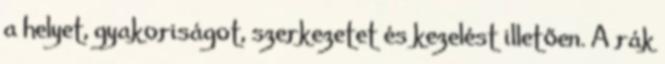
a helyet, gyakoriságot, szerkezetet és kezelést illetően. A rák